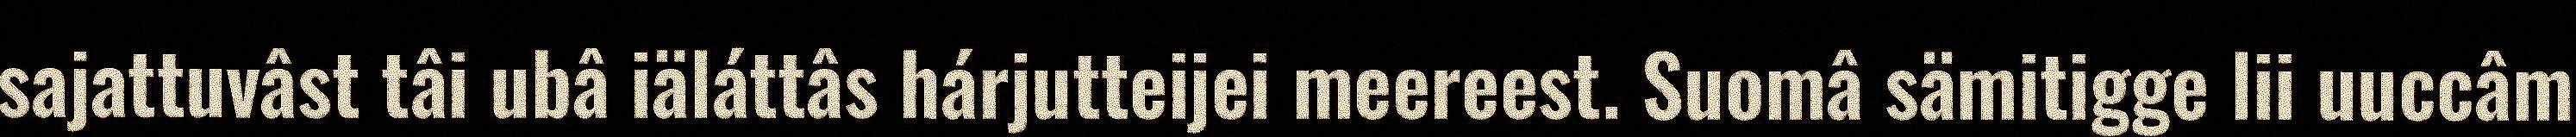
sajattuvâst tâi ubâ iäláttâs hárjutteijei meereest. Suomâ sämitigge lii uuccâm